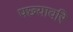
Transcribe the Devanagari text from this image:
पछ्यावरि